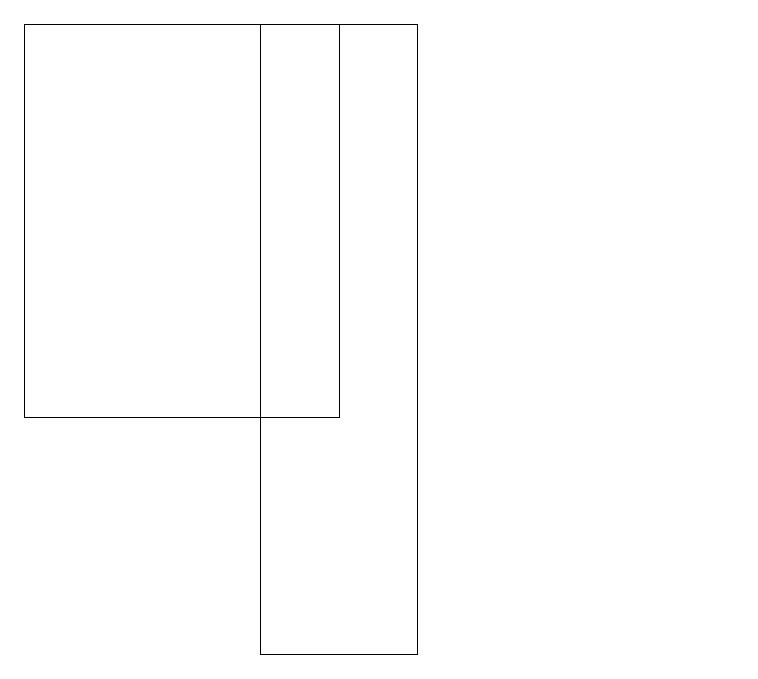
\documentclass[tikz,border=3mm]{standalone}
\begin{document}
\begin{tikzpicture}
\draw (5,19) rectangle (1,14);
\draw (10,11) circle (0);
\draw (4,11) rectangle (6,19);
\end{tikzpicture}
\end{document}